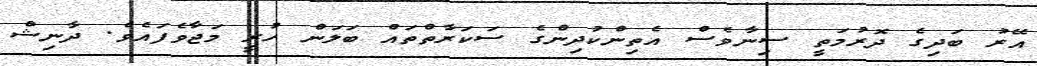
އޭރު ބަދިގެ ދޮރުމަތީ ސިނާވެސް އެތިންކުދިންގެ ސަކަރާތްތައް ބަލަން ހުރީ މަޖާވެފައެވެ. ދާނިޝް